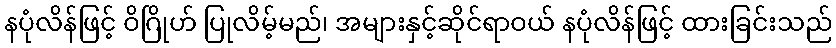
နပုံလိန်ဖြင့် ဝိဂြိုဟ် ပြုလိမ့်မည်၊ အများနှင့်ဆိုင်ရာဝယ် နပုံလိန်ဖြင့် ထားခြင်းသည်